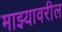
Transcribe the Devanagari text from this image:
माझ्यावरील